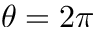
\theta = 2 \pi